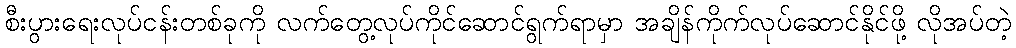
စီးပွားရေးလုပ်ငန်းတစ်ခုကို လက်တွေ့လုပ်ကိုင်ဆောင်ရွက်ရာမှာ အချိန်ကိုက်လုပ်ဆောင်နိုင်ဖို့ လိုအပ်တဲ့